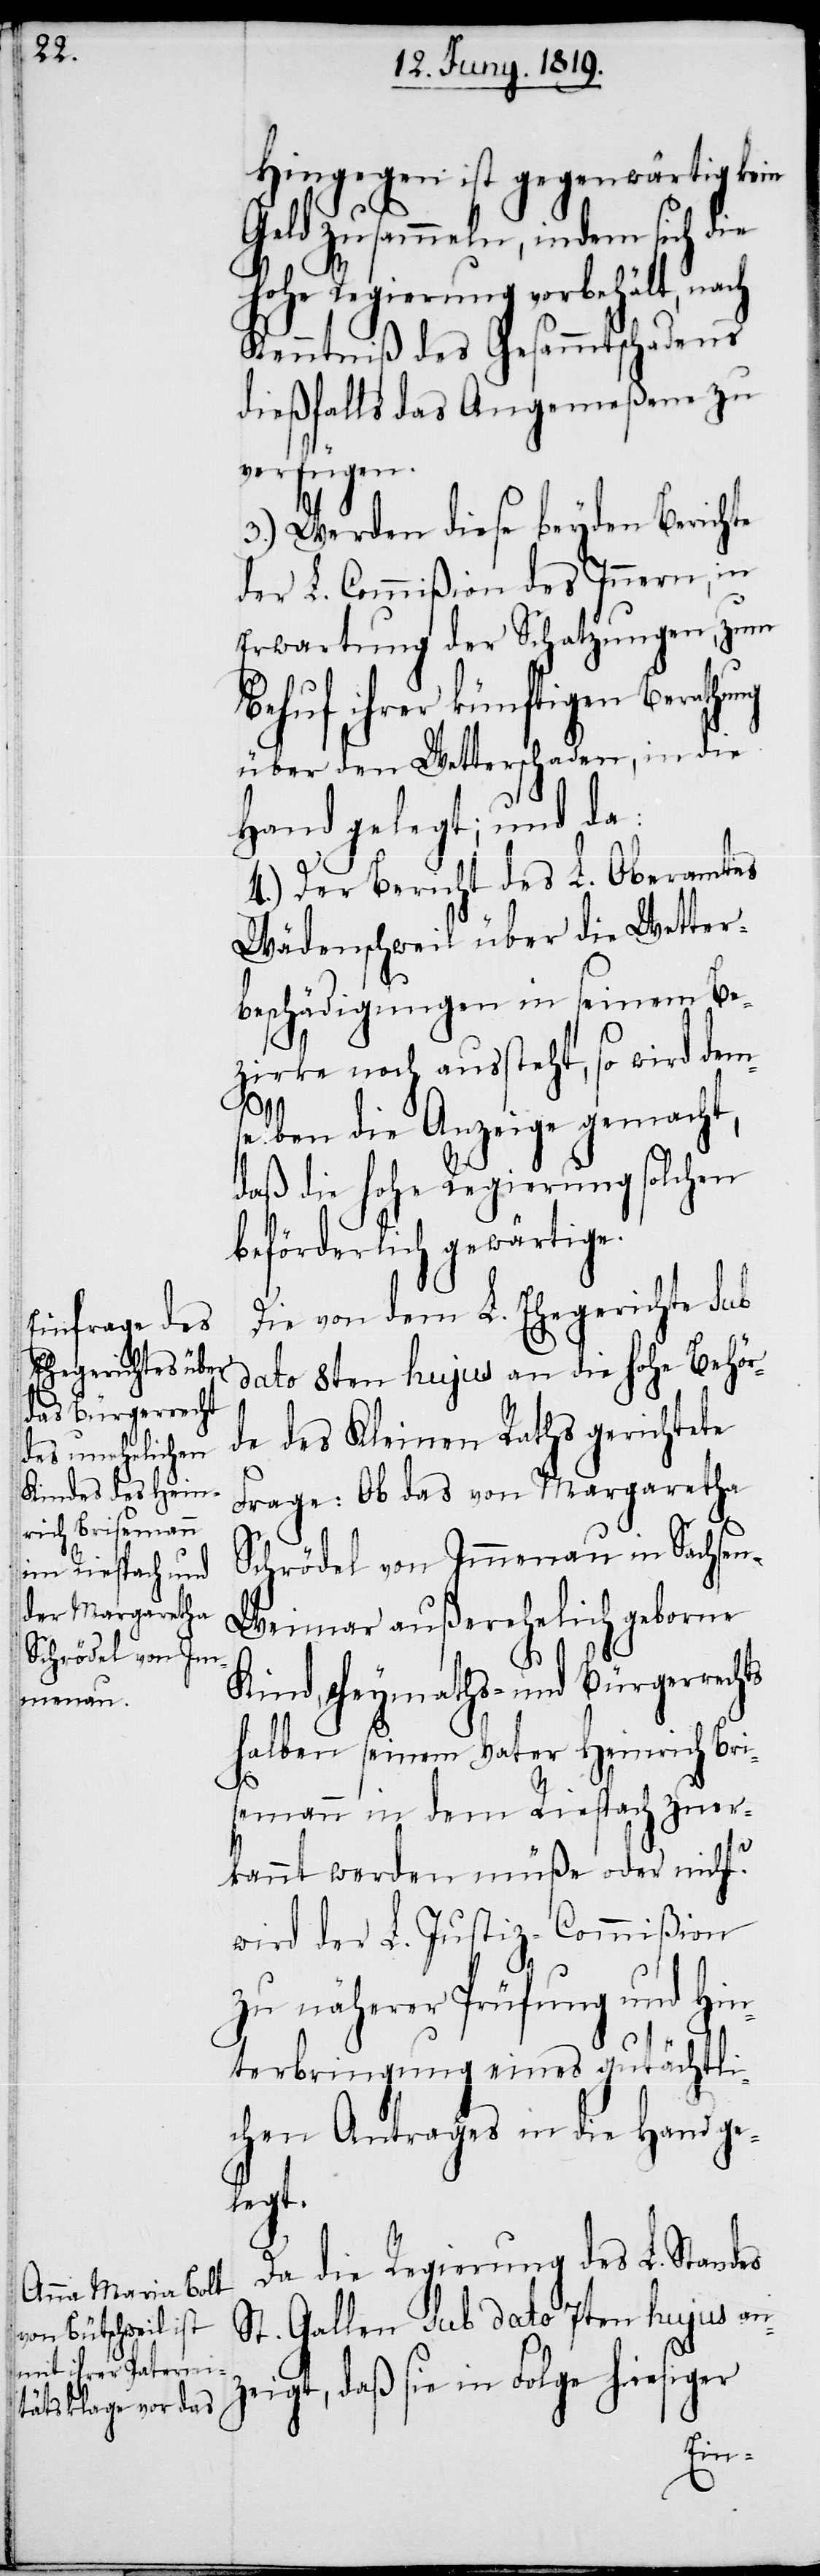
Hingegen ist gegenwärtig kein
Geld zu sammeln, indem sich die
hohe Regierung vorbehält, nach
Kenntniß des Gesammtschadens
dießfalls das Angemeßene zu
verfügen.
3.) Werden diese beyden Berichte
der L. Commißion des Innern, in
Erwartung der Schatzungen, zum
Behuf ihrer künfigen Berathung
über den Wetterschaden, in die
Hand gelegt; und da:
4.) Der Bericht des L. Oberamtes
Wädenschweil über die Wetter¬
beschädigungen in seinem Be¬
zirke noch aussteht, so wird dem¬
selben die Anzeige gemacht,
daß die hohe Regierung solchen
beförderlich gewärtige.
Die von dem L. Ehegerichte sub
dato 8ten hujus an die hohe Behör¬
de des Kleinen Raths gerichtete
Frage: Ob das von Margaretha
Schrödel von Immenau in Sachse¬
n-Weimar außerehelich geborne
Kind, Heymaths-und Bürgerrechts
halben seinem Vater Heinrich Bri¬
semann in dem Riespach zuer¬
kannt werden müße oder nicht?
wird der L. Justiz-Commißion
zu näherer Prüfung und Hin¬
terbringung eines gutächtli¬
chen Antrages in die Hand ge¬
legt.
Da die Regierung des L. Standes
St. Gallen. sub dato 7ten hujus anz¬
eigt, daß sie in Folge hiesiger